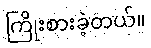
ကြိုးစားခဲ့တယ်။